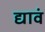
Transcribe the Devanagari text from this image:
द्यावं